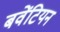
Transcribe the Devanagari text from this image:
बवेंटियन